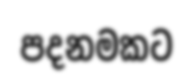
පදනමකට